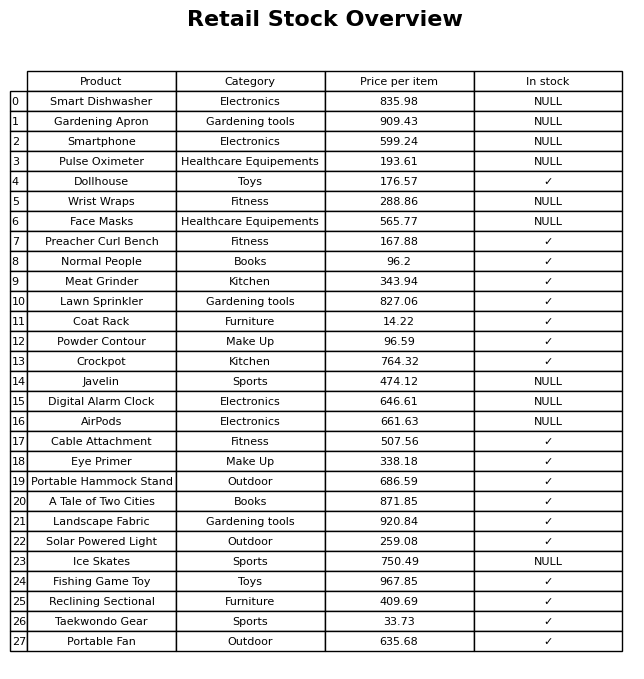
question: What is the price of the Meat Grinder?
answer: The price of Meat Grinder is 343.94.